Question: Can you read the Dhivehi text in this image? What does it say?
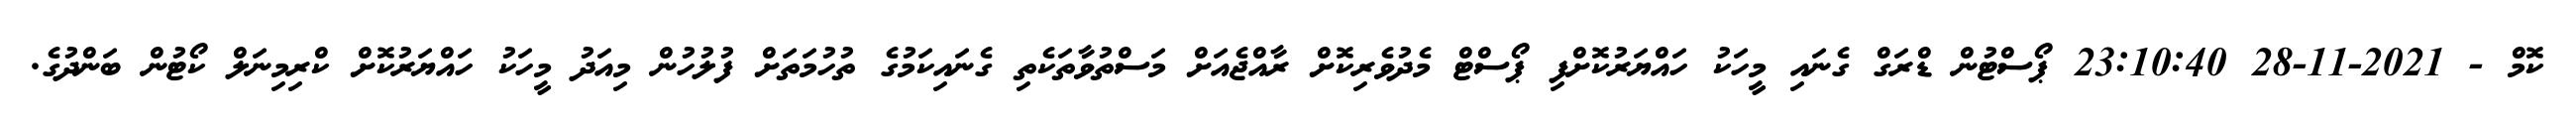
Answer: ކޮމް - 2021-11-28 23:10:40 ޕޯސްޓުން ޑްރަގް ގެނައި މީހަކު ހައްޔަރުކޮށްފި ޕޯސްޓް މެދުވެރިކޮށް ރާއްޖެއަށް މަސްތުވާތަކެތި ގެނައިކަމުގެ ތުހުމަތަށް ފުލުހުން މިއަދު މީހަކު ހައްޔަރުކޮށް ކްރިމިނަލް ކޯޓުން ބަންދުގެ.